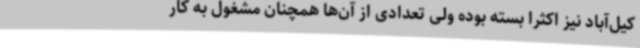
کیل‌آباد نیز اکثرا بسته بوده ولی تعدادی از آن‌ها همچنان مشغول به کار